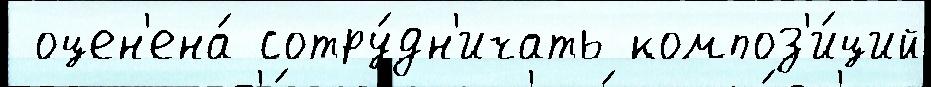
 оцен'ена́ сотру́дн'ичать композ'и́ций